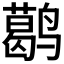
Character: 𬸭